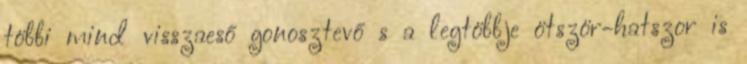
többi mind visszaeső gonosztevő s a legtöbbje ötször-hatszor is